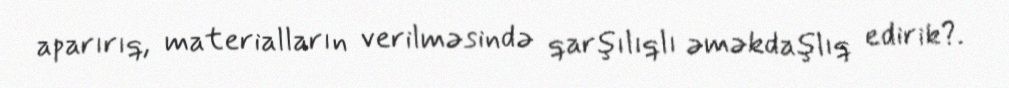
aparırıq, materialların verilməsində qarşılıqlı əməkdaşlıq edirik?.